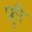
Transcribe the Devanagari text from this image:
फ्र्र्र्री